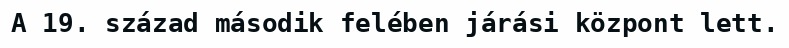
A 19. század második felében járási központ lett.